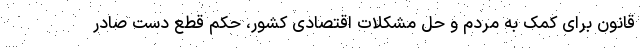
قانون برای کمک به مردم و حل مشکلات اقتصادی کشور، حکم قطع دست صادر